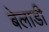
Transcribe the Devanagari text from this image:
बेलाडी